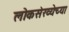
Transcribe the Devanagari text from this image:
लोकस॓ख्येच्या